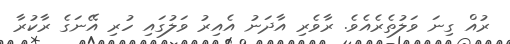
ރުއް ގިނަ ވަލުތެރެއެވެ. ރާވެރި އާދަނު އެއިރު ވަލުގައި ހުރި އޭނަގެ ރާކުރާ